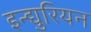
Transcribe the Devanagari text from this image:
इन्द्युरियन